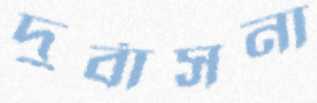
দুর্বাসনা